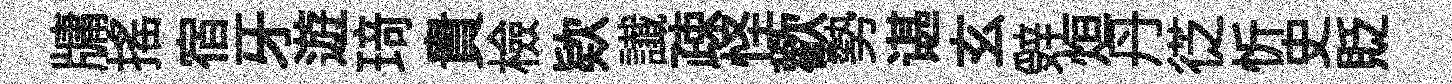
牗搖宿牙遊𤦺貴檢欵䜟疎怪歡勢谌玄辤烜丹徔忻史貶